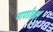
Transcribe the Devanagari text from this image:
गणोजा